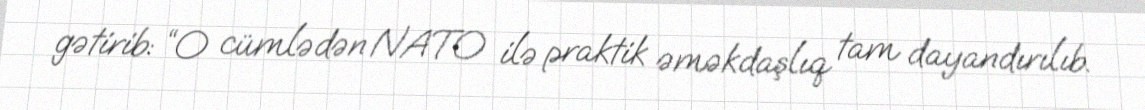
gətirib: “O cümlədən NATO ilə praktik əməkdaşlıq tam dayandırılıb.